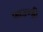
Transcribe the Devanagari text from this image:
फाउण्ड्री